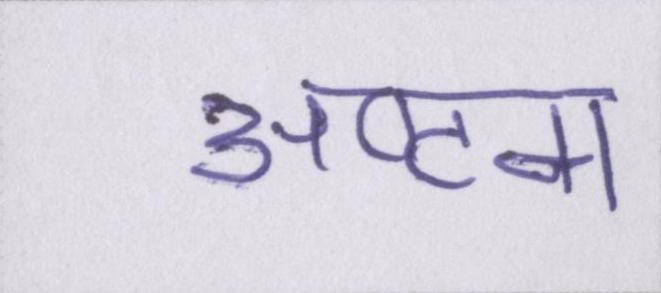
अष्टम